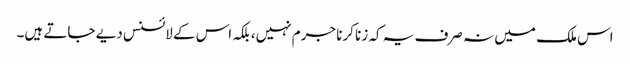
اس ملک میں نہ صرف یہ کہ زنا کرنا جرم نہیں، بلکہ اس کے لائسنس دیے جاتے ہیں۔